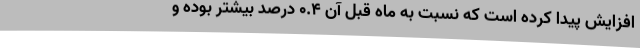
افزایش پیدا کرده است که نسبت به ماه قبل آن 0.4 درصد بیشتر بوده و